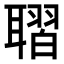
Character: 𦗗